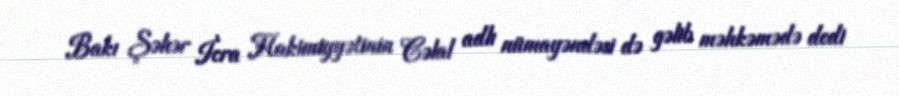
Bakı Şəhər İcra Hakimiyyətinin Cəlal adlı nümayəndəsi də gəlib məhkəmədə dedi